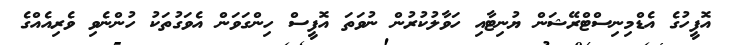
އޮފީހުގެ އެޑްމިނިސްޓްރޭޝަން ޔުނިޓާއި ހަވާލުކުރުން ނުވަތަ އޮފީސް ހިންގަވަން އެވަގުތަކު ހުންނެވި ވެރިއެއްގެ